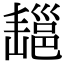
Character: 𢀄